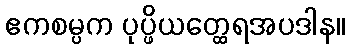
ဧကစမ္ပက ပုပ္ဖိယတ္ထေရအပဒါန။